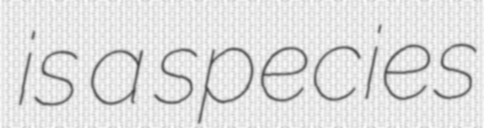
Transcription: is a species